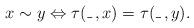
LaTeX: \begin{align*}x\sim y\Leftrightarrow\tau(\_\,,x)=\tau(\_\,,y).\end{align*}